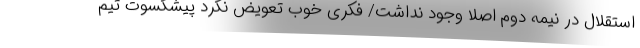
استقلال در نیمه دوم اصلا وجود نداشت/ فکری خوب تعویض نکرد پیشکسوت تیم